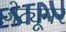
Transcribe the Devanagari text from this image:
ज़ेट्यूमर